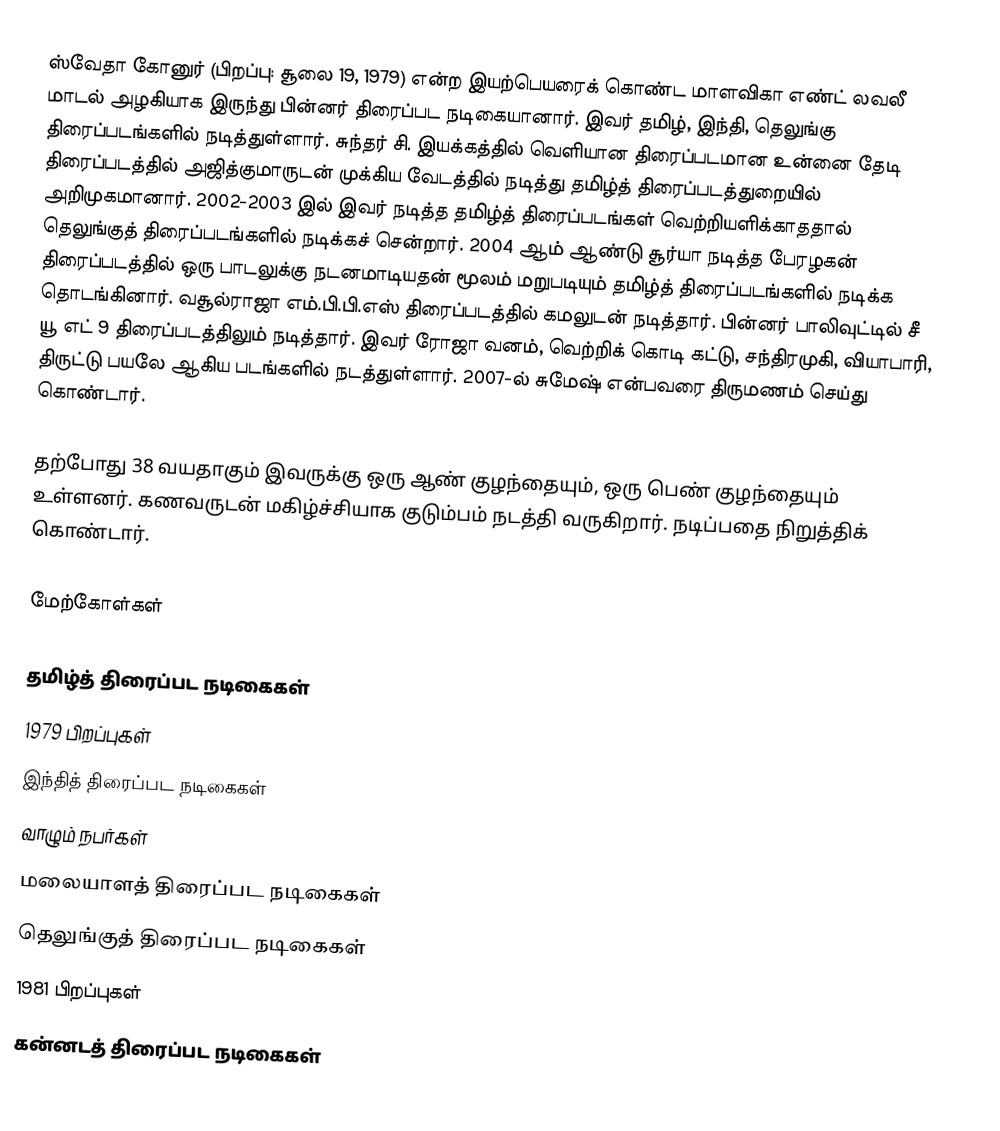
ஸ்வேதா கோனுர் (பிறப்பு: சூலை 19, 1979) என்ற இயற்பெயரைக் கொண்ட மாளவிகா எண்ட் லவலீ மாடல் அழகியாக இருந்து பின்னர் திரைப்பட நடிகையானார். இவர் தமிழ், இந்தி, தெலுங்கு திரைப்படங்களில் நடித்துள்ளார். சுந்தர் சி. இயக்கத்தில் வெளியான திரைப்படமான உன்னை தேடி திரைப்படத்தில் அஜித்குமாருடன் முக்கிய வேடத்தில் நடித்து தமிழ்த் திரைப்படத்துறையில் அறிமுகமானார். 2002-2003 இல் இவர் நடித்த தமிழ்த் திரைப்படங்கள் வெற்றியளிக்காததால் தெலுங்குத் திரைப்படங்களில் நடிக்கச் சென்றார். 2004 ஆம் ஆண்டு சூர்யா நடித்த பேரழகன் திரைப்படத்தில் ஒரு பாடலுக்கு நடனமாடியதன் மூலம் மறுபடியும் தமிழ்த் திரைப்படங்களில் நடிக்க தொடங்கினார். வசூல்ராஜா எம்.பி.பி.எஸ் திரைப்படத்தில் கமலுடன் நடித்தார். பின்னர் பாலிவுட்டில் சீ யூ எட் 9 திரைப்படத்திலும் நடித்தார். இவர் ரோஜா வனம், வெற்றிக் கொடி கட்டு, சந்திரமுகி, வியாபாரி, திருட்டு பயலே ஆகிய படங்களில் நடத்துள்ளார். 2007-ல் சுமேஷ் என்பவரை திருமணம் செய்து கொண்டார்.

தற்போது 38 வயதாகும் இவருக்கு ஒரு ஆண் குழந்தையும், ஒரு பெண் குழந்தையும் உள்ளனர். கணவருடன் மகிழ்ச்சியாக குடும்பம் நடத்தி வருகிறார். நடிப்பதை நிறுத்திக் கொண்டார்.

மேற்கோள்கள்

தமிழ்த் திரைப்பட நடிகைகள்
1979 பிறப்புகள்
இந்தித் திரைப்பட நடிகைகள்
வாழும் நபர்கள்
மலையாளத் திரைப்பட நடிகைகள்
தெலுங்குத் திரைப்பட நடிகைகள்
1981 பிறப்புகள்
கன்னடத் திரைப்பட நடிகைகள்